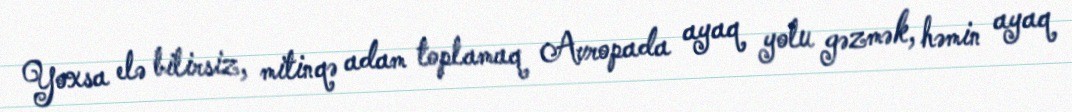
Yoxsa elə bilirsiz, mitinqə adam toplamaq Avropada ayaq yolu gəzmək, həmin ayaq